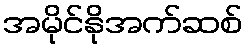
အမိုင်နိုအက်ဆစ်